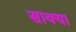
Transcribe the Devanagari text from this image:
साक्या